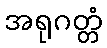
အရုဂတ္တံ